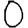
Digit: 0